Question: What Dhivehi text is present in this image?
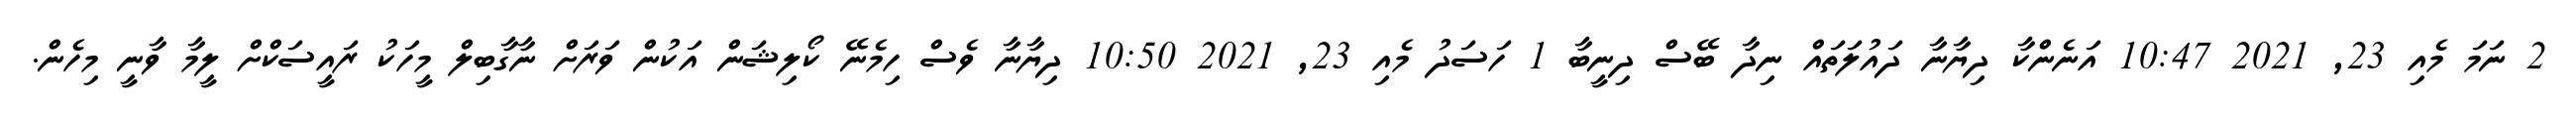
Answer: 2 ނަމަ މެއި 23, 2021 10:47 އަނެންކާ ދިޔާނާ ދައުލަތައް ނިދާ ބޭސް ދިނީބާ 1 ހަސަދު މެއި 23, 2021 10:50 ދިޔާނާ ވެސް ހިމެނޭ ކޯލިޝަން އަކުން ވަރަށް ނާގާބިލް މީހަކު ރައީސަކްށް ލީމާ ވާނީ މިހެން.